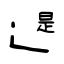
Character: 遈